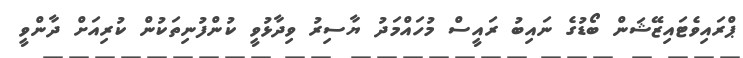
ޕްރައިވެޓައިޒޭޝަން ބޯޑުގެ ނައިބު ރައީސް މުހައްމަދު ޔާސިރު ވިދާޅުވީ ކުންފުނިތަކުން ކުރިއަށް ދާންވީ